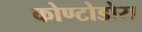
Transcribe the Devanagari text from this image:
कोण्टोडोरा